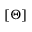
[ \Theta ]